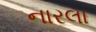
નારલા